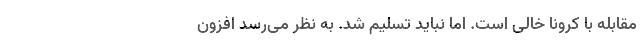
مقابله با کرونا خالی است. اما نباید تسلیم شد. به نظر می‌رسد افزون